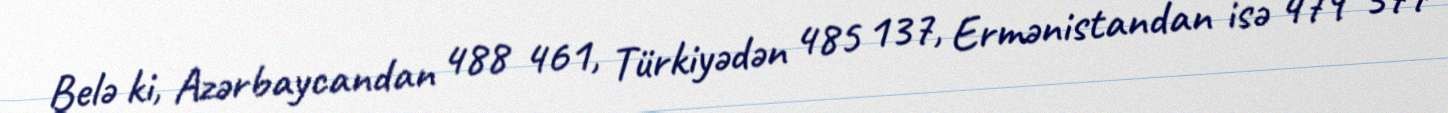
Belə ki, Azərbaycandan 488 461, Türkiyədən 485 137, Ermənistandan isə 479 377